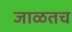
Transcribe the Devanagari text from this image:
जाळतच